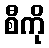
စီကို